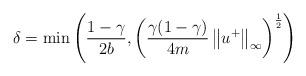
LaTeX: \begin{align*}\delta=\min\left(\frac{1-\gamma}{2b},\left(\frac{\gamma(1-\gamma)}{4m}\left\|u^+\right\|_\infty\right)^{\frac{1}{2}}\right) \end{align*}